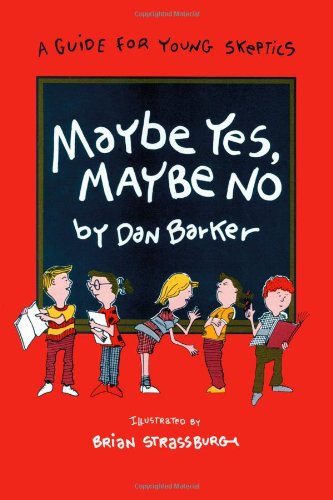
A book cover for Maybe Yes, Maybe No; Dan Barker; Teen & Young Adult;